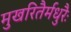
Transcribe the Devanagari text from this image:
मुखरितैर्मधुरैः